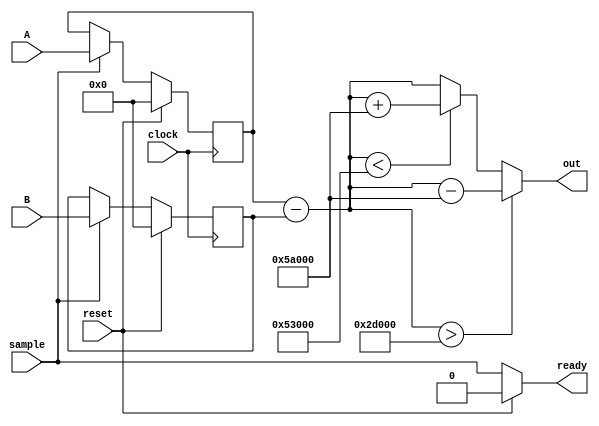
`timescale 1ns / 1ps
//////////////////////////////////////////////////////////////////////////////////
// Company: 
// Engineer: 
// 
// Design Name: 
// Module Name:    phasediff 
// Project Name: 
// Target Devices: 
// Tool versions: 
// Description: 
//
// Dependencies: 
//
// Revision: 
// Revision 0.01 - File Created
// Additional Comments: 
//
//////////////////////////////////////////////////////////////////////////////////
module phasediff (
	 input clock,
	 input reset,
	 input sample,
    input signed [18:0] A,				// 9Q10
    input signed [18:0] B,				// 9Q10
    output reg signed [18:0] out,	// 9Q10
	 output ready
    );

	assign ready = reset ? 1'b0 : sample;

	reg signed [18:0] FF_A;
	reg signed [18:0] FF_B;

	wire signed [18:0] diff = $signed(FF_A) - $signed(FF_B);

	parameter signed threashold = $signed({9'd180,10'd0});
	parameter signed adjustment = $signed({9'd360,10'd0});
	
	always @(posedge clock) begin
		if (reset) begin
			FF_A <= 0;
			FF_B <= 0;
		end
		else if (sample) begin
			FF_A <= A;
			FF_B <= B;
		end
	end
	
	always @* begin
		if ( diff > threashold ) begin
			out = $signed(diff) - $signed(adjustment);
		end
		else if ( diff < -threashold ) begin
			out = $signed(diff) + $signed(adjustment);
		end
		else begin
			out = $signed(diff);
		end
	end


endmodule